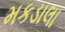
મકડાલા